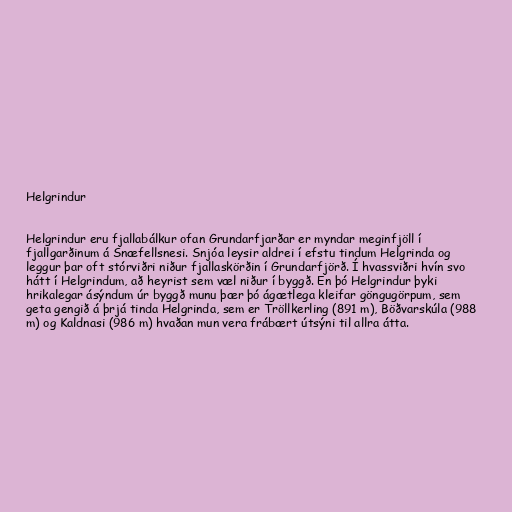
Helgrindur

Helgrindur eru fjallabálkur ofan Grundarfjarðar er myndar meginfjöll í
fjallgarðinum á Snæfellsnesi. Snjóa leysir aldrei í efstu tindum Helgrinda og
leggur þar oft stórviðri niður fjallaskörðin í Grundarfjörð. Í hvassviðri hvín svo
hátt í Helgrindum, að heyrist sem væl niður í byggð. En þó Helgrindur þyki
hrikalegar ásýndum úr byggð munu þær þó ágætlega kleifar göngugörpum, sem
geta gengið á þrjá tinda Helgrinda, sem er Tröllkerling (891 m), Böðvarskúla (988
m) og Kaldnasi (986 m) hvaðan mun vera frábært útsýni til allra átta.